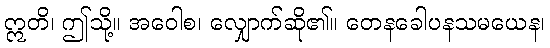
ဣတိ၊ ဤသို့။ အဝေါစ၊ လျှောက်ဆို၏။ တေနခေါပနသမယေန၊